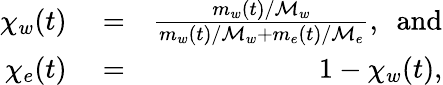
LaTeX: \begin{array}{rlr}{\chi_{w}(t)}&{{}=}&{{\frac{m_{w}(t)/\mathcal{M}_{w}}{m_{w}(t)/\mathcal{M}_{w}+m_{e}(t)/\mathcal{M}_{e}}},~~\mathrm{and}}\\ {\chi_{e}(t)}&{{}=}&{1-\chi_{w}(t),}\end{array}